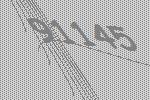
91145